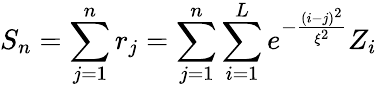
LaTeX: S_{n}=\sum_{j=1}^{n}r_{j}=\sum_{j=1}^{n}\sum_{i=1}^{L}e^{-\frac{(i-j)^{2}}{\xi^{2}}}Z_{i}